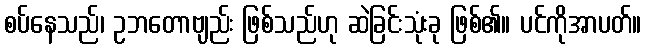
စပ်နေသည်၊ ဥဘတောဗျည်း ဖြစ်သည်ဟု ဆဲခြင်းသုံးခု ဖြစ်၏။ ပင်ကိုအာပတ်။